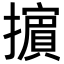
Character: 𢷤